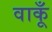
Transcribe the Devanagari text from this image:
वाकूँ